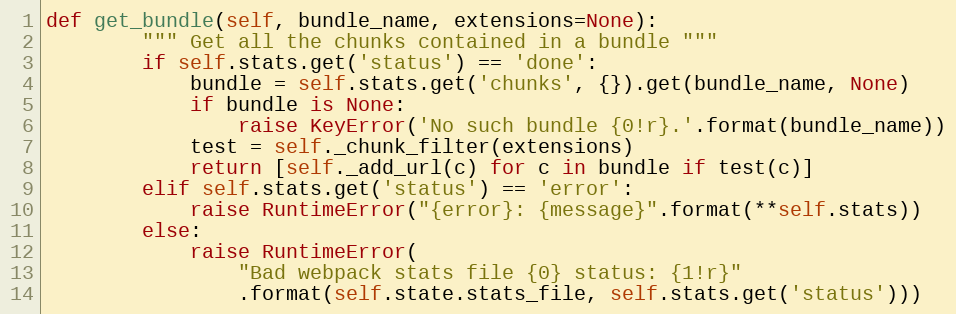
Language: Python
def get_bundle(self, bundle_name, extensions=None):
        """ Get all the chunks contained in a bundle """
        if self.stats.get('status') == 'done':
            bundle = self.stats.get('chunks', {}).get(bundle_name, None)
            if bundle is None:
                raise KeyError('No such bundle {0!r}.'.format(bundle_name))
            test = self._chunk_filter(extensions)
            return [self._add_url(c) for c in bundle if test(c)]
        elif self.stats.get('status') == 'error':
            raise RuntimeError("{error}: {message}".format(**self.stats))
        else:
            raise RuntimeError(
                "Bad webpack stats file {0} status: {1!r}"
                .format(self.state.stats_file, self.stats.get('status')))